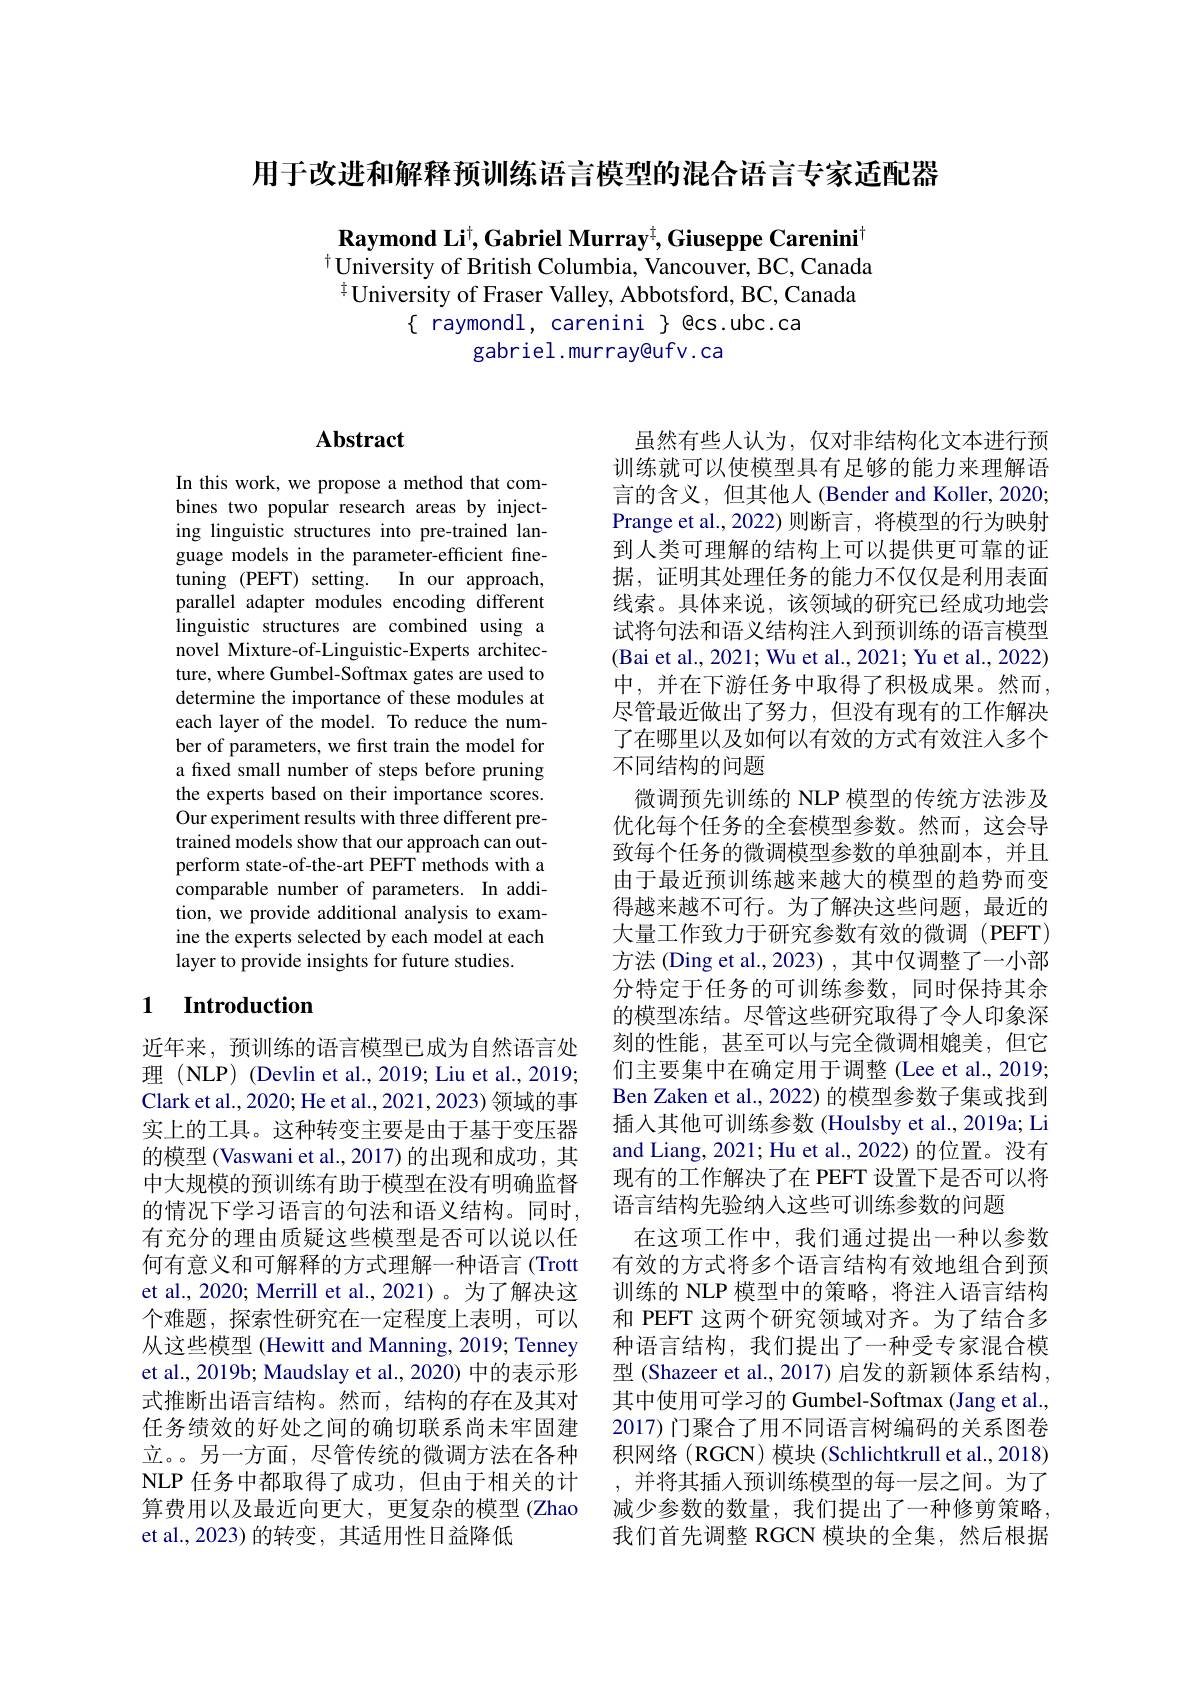
用于改进和解释预训练语言模型的混合语言专家适配器

Raymond Li$^\dagger$,Gabriel Murray$^\dagger$,Giuseppe Carenini$^\dagger$ $^{\dagger}\dot{\text{University of British Columbia, Vancouver, BC, Canada}}$ $^{\dagger}$University of Fraser Valley, Abbotsford, BC, Canada
$\{$ raymondl, carenini $\}$ @cs.ubc.ca
gabriel.murray@ufv.ca

### $\mathbf{Abstract}$

In this work, we propose a method that combines two popular research areas by injecting linguistic structures into pre-trained language models in the parameter-efficient finetuning (PEFT) setting. In our approach, parallel adapter modules encoding different linguistic structures are combined using a novel Mixture-of-Linguistic-Experts architecture, where Gumbel-Softmax gates are used to determine the importance of these modules at each layer of the model. To reduce the number of parameters, we first train the model for a fixed small number of steps before pruning the experts based on their importance scores. Our experiment results with three different pretrained models show that our approach can outperform state-of-the-art PEFT methods with a comparable number of parameters. In addition, we provide additional analysis to examine the experts selected by each model at each layer to provide insights for future studies.

## 1 $\textbf{Introduction}$

近年来，预训练的语言模型已成为自然语言处理 (NLP) (Devlin et al., 2019; Liu et al., 2019; Clark et al., 2020; He et al., 2021, 2023) 领域的事实上的工具。这种转变主要是由于基于变压器的模型 (Vaswani et al., 2017) 的出现和成功，其中大规模的预训练有助于模型在没有明确监督的情况下学习语言的句法和语义结构。同时， 有充分的理由质疑这些模型是否可以说以任何有意义和可解释的方式理解一种语言(Trott et al., 2020; Merrill et al., 2021)。为了解决这个难题，探索性研究在一定程度上表明，可以从这些模型 (Hewitt and Manning, 2019; Tenney et al., 2019b; Maudslay et al., 2020) 中的表示形式推断出语言结构。然而，结构的存在及其对任务绩效的好处之间的确切联系尚未牢固建立。。另一方面，尽管传统的微调方法在各种NLP 任务中都取得了成功，但由于相关的计算费用以及最近向更大，更复杂的模型(Zhao et al., 2023) 的转变，其适用性日益降低

虽然有些人认为，仅对非结构化文本进行预训练就可以使模型具有足够的能力来理解语言的含义，但其他人(Bender and Koller, 2020; Prange et al., 2022)则断言，将模型的行为映射到人类可理解的结构上可以提供更可靠的证据，证明其处理任务的能力不仅仅是利用表面线索。具体来说，该领域的研究已经成功地尝试将句法和语义结构注人到预训练的语言模型(Bai et al., 2021; Wu et al., 2021; Yu et al., 2022) 中，并在下游任务中取得了积极成果。然而， 尽管最近做出了努力，但没有现有的工作解决了在哪里以及如何以有效的方式有效注人多个不同结构的问题
微调预先训练的 NLP 模型的传统方法涉及优化每个任务的全套模型参数。然而，这会导致每个任务的微调模型参数的单独副本，并且由于最近预训练越来越大的模型的趋势而变得越来越不可行。为了解决这些问题，最近的大量工作致力于研究参数有效的微调(PEFT) 方法 (Ding et al., 2023) , 其中仅调整了一小部分特定于任务的可训练参数，同时保持其余的模型冻结。尽管这些研究取得了令人印象深刻的性能，甚至可以与完全微调相媲美，但它们主要集中在确定用于调整 (Lee et al., 2019; Ben Zaken et al., 2022) 的模型参数子集或找到插入其他可训练参数 (Houlsby et al., 2019a; Li and Liang, 2021; Hu et al., 2022) 的位置。没有现有的工作解决了在 PEFT 设置下是否可以将语言结构先验纳人这些可训练参数的问题
在这项工作中，我们通过提出一种以参数有效的方式将多个语言结构有效地组合到预训练的 NLP 模型中的策略，将注人语言结构和 PEFT 这两个研究领域对齐。为了结合多种语言结构，我们提出了一种受专家混合模型 (Shazeer et al., 2017) 启发的新颖体系结构， 其中使用可学习的 Gumbel-Softmax (Jang et al., 2017)门聚合了用不同语言树编码的关系图卷积网络(RGCN) 模块(Schlichtkrull et al., 2018) ,并将其插入预训练模型的每一层之间。为了减少参数的数量，我们提出了一种修剪策略， 我们首先调整 RGCN 模块的全集，然后根据